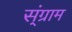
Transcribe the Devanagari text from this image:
स्ंग्राम